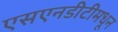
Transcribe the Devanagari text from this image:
एसएनडीटीमधून